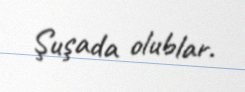
Şuşada olublar.